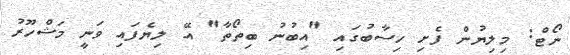
ނޯޓް: މިލިޔުން ފެށި ހިސާބުގައި "އިބުނު ބިތޯތާ" އޭ ލިޔެފައި ވަނީ މަޝްހޫރު